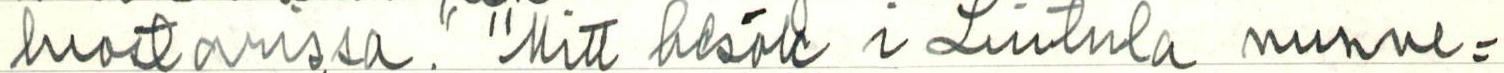
luostarissa." "Mit besök i Lintula nunne=